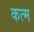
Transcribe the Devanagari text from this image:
कत्म